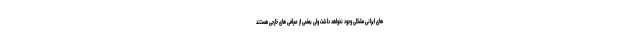
های ایرانی مشکلی وجود نخواهد داشت ولی بعضی از صرافی های خارجی هستند